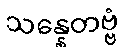
သန္နေတဗ္ဗံ